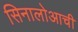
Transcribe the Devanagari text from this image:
सिनालोआची